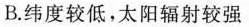
B.纬度较低，太阳辐射较强